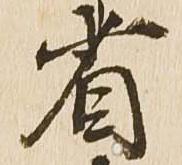
省